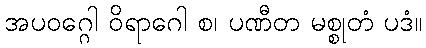
အပဝဂ္ဂေါ ဝိရာဂေါ စ၊ ပဏီတ မစ္စုတံ ပဒံ။